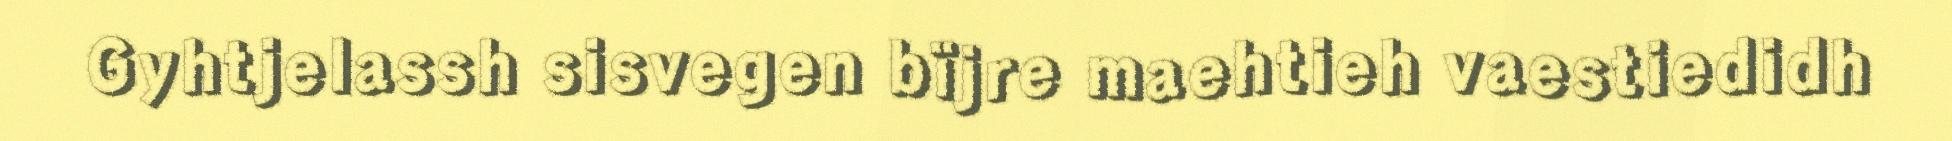
Gyhtjelassh sisvegen bïjre maehtieh vaestiedidh